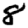
Digit: 8